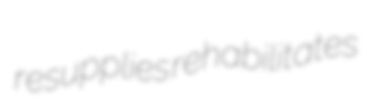
resupplies rehabilitates